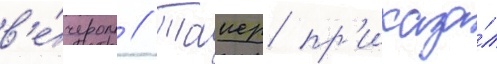
в'е́чером // Таиер пр'иказа́л